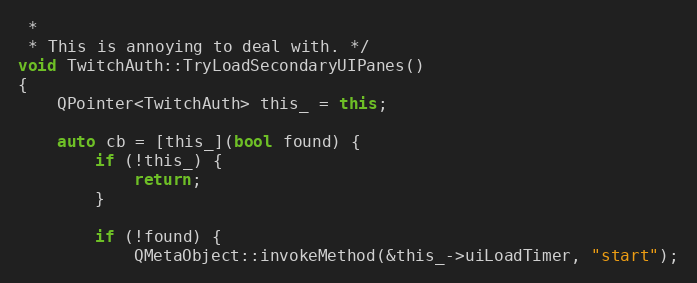
Language: C++
 *
 * This is annoying to deal with. */
void TwitchAuth::TryLoadSecondaryUIPanes()
{
	QPointer<TwitchAuth> this_ = this;

	auto cb = [this_](bool found) {
		if (!this_) {
			return;
		}

		if (!found) {
			QMetaObject::invokeMethod(&this_->uiLoadTimer, "start");